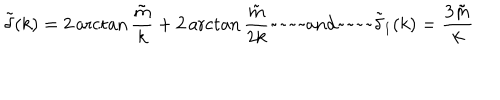
\tilde { \delta } ( k ) = 2 \operatorname { a r c t a n } \frac { \tilde { m } } { k } + 2 \operatorname { a r c t a n } \frac { \tilde { m } } { 2 k } \mathrm { ~ a n d ~ } \tilde { \delta } _ { 1 } ( k ) = \frac { 3 \tilde { m } } { k }